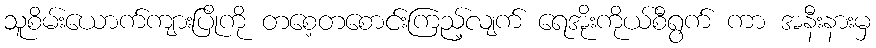
သူစိမ်းယောက်ကျားပြိုကို တစေ့တစောင်းကြည့်လျက် ရေအိုးကိုယ်စီရွက် ကာ အနီးနားမှ